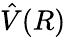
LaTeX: \hat{V}(R)